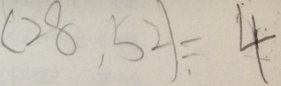
( 2 8 , 5 2 ) = 4